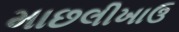
માછલીખાઉ